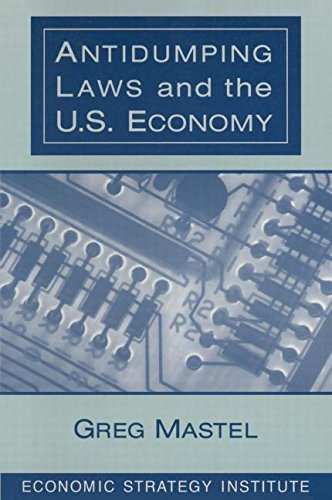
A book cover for Antidumping Laws and the U.S. Economy; Greg Mastel; Business & Money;